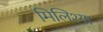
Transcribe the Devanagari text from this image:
मिलिश्या